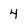
Character: 4